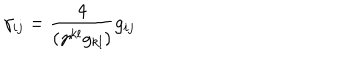
LaTeX: \gamma _ { i j } = \frac { 4 } { ( \gamma ^ { k l } g _ { k l } ) } g _ { i j }